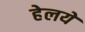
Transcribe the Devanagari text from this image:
हेलये